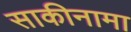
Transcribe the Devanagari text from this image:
साकीनामा